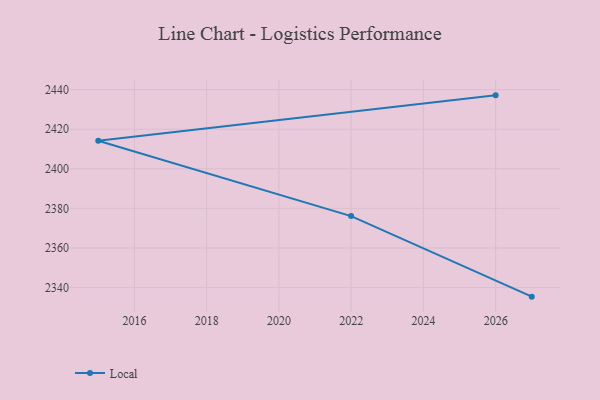
{"axis": {"x": "Year", "y": "Budget (USD K)"}, "legend": ["Local"], "data": [{"x": "2027", "y": 2335.4, "type": "Local"}, {"x": "2022", "y": 2376.1, "type": "Local"}, {"x": "2015", "y": 2414.2, "type": "Local"}, {"x": "2026", "y": 2437.1, "type": "Local"}]}